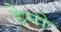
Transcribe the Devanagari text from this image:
हेमो